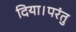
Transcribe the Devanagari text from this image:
दिया।परंतु